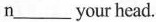
n___your head.